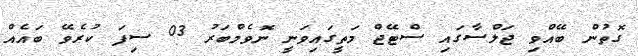
ގޮތުން ބޭއްވި ޖަލްސާގައި ސްޓޭޖް މަތީގައިވަނީ ނޮވެމްބަރު 03 ސިފަ ކުރެވޭ ބައެއް